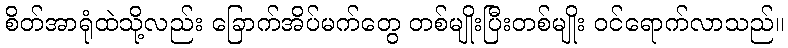
စိတ်အာရုံထဲသို့လည်း ခြောက်အိပ်မက်တွေ တစ်မျိုးပြီးတစ်မျိုး ဝင်ရောက်လာသည်။